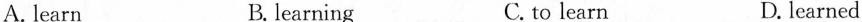
A. learn B. learning C. to learn D. learned